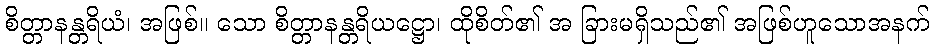
စိတ္တာနန္တရိယံ၊ အဖြစ်။ သော စိတ္တာနန္တရိယဋ္ဌော၊ ထိုစိတ်၏ အ ခြားမရှိသည်၏ အဖြစ်ဟူသောအနက်